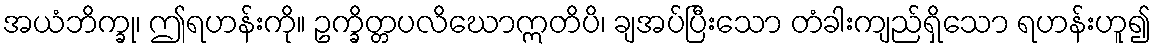
အယံဘိက္ခု၊ ဤရဟန်းကို။ ဥက္ခိတ္တပလိဃောဣတိပိ၊ ချအပ်ပြီးသော တံခါးကျည်ရှိသော ရဟန်းဟူ၍